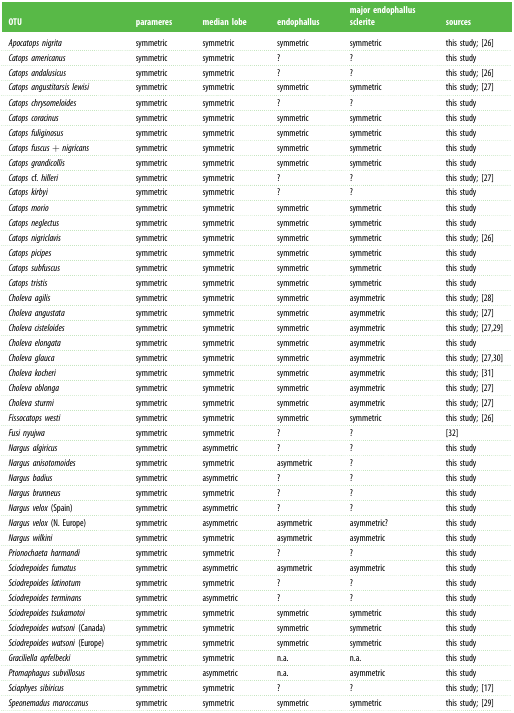
<table><thead><tr><td><b>OTU</b></td><td><b>parameres</b></td><td><b>median lobe</b></td><td><b>endophallus</b></td><td><b>major endophallus sclerite</b></td><td><b>sources</b></td></tr></thead><tbody><tr><td><i>Apocatops nigrita</i></td><td>symmetric</td><td>symmetric</td><td>symmetric</td><td>symmetric</td><td>this study; [26]</td></tr><tr><td><i>Catops americanus</i></td><td>symmetric</td><td>symmetric</td><td>?</td><td>?</td><td>this study</td></tr><tr><td><i>Catops andalusicus</i></td><td>symmetric</td><td>symmetric</td><td>?</td><td>?</td><td>this study; [26]</td></tr><tr><td><i>Catops angustitarsis lewisi</i></td><td>symmetric</td><td>symmetric</td><td>symmetric</td><td>symmetric</td><td>this study; [27]</td></tr><tr><td><i>Catops chrysomeloides</i></td><td>symmetric</td><td>symmetric</td><td>?</td><td>?</td><td>this study</td></tr><tr><td><i>Catops coracinus</i></td><td>symmetric</td><td>symmetric</td><td>symmetric</td><td>symmetric</td><td>this study</td></tr><tr><td><i>Catops fuliginosus</i></td><td>symmetric</td><td>symmetric</td><td>symmetric</td><td>symmetric</td><td>this study</td></tr><tr><td><i>Catops fuscus</i> + <i>nigricans</i></td><td>symmetric</td><td>symmetric</td><td>symmetric</td><td>symmetric</td><td>this study</td></tr><tr><td><i>Catops grandicollis</i></td><td>symmetric</td><td>symmetric</td><td>symmetric</td><td>symmetric</td><td>this study</td></tr><tr><td><i>Catops</i> cf. <i>hilleri</i></td><td>symmetric</td><td>symmetric</td><td>?</td><td>?</td><td>this study; [27]</td></tr><tr><td><i>Catops kirbyi</i></td><td>symmetric</td><td>symmetric</td><td>?</td><td>?</td><td>this study</td></tr><tr><td><i>Catops morio</i></td><td>symmetric</td><td>symmetric</td><td>symmetric</td><td>symmetric</td><td>this study</td></tr><tr><td><i>Catops neglectus</i></td><td>symmetric</td><td>symmetric</td><td>symmetric</td><td>symmetric</td><td>this study</td></tr><tr><td><i>Catops nigriclavis</i></td><td>symmetric</td><td>symmetric</td><td>symmetric</td><td>symmetric</td><td>this study; [26]</td></tr><tr><td><i>Catops picipes</i></td><td>symmetric</td><td>symmetric</td><td>symmetric</td><td>symmetric</td><td>this study</td></tr><tr><td><i>Catops subfuscus</i></td><td>symmetric</td><td>symmetric</td><td>symmetric</td><td>symmetric</td><td>this study</td></tr><tr><td><i>Catops tristis</i></td><td>symmetric</td><td>symmetric</td><td>symmetric</td><td>symmetric</td><td>this study</td></tr><tr><td><i>Choleva agilis</i></td><td>symmetric</td><td>symmetric</td><td>symmetric</td><td>asymmetric</td><td>this study; [28]</td></tr><tr><td><i>Choleva angustata</i></td><td>symmetric</td><td>symmetric</td><td>symmetric</td><td>asymmetric</td><td>this study; [27]</td></tr><tr><td><i>Choleva cisteloides</i></td><td>symmetric</td><td>symmetric</td><td>symmetric</td><td>asymmetric</td><td>this study; [27,29]</td></tr><tr><td><i>Choleva elongata</i></td><td>symmetric</td><td>symmetric</td><td>symmetric</td><td>asymmetric</td><td>this study</td></tr><tr><td><i>Choleva glauca</i></td><td>symmetric</td><td>symmetric</td><td>symmetric</td><td>asymmetric</td><td>this study; [27,30]</td></tr><tr><td><i>Choleva kocheri</i></td><td>symmetric</td><td>symmetric</td><td>symmetric</td><td>asymmetric</td><td>this study; [31]</td></tr><tr><td><i>Choleva oblonga</i></td><td>symmetric</td><td>symmetric</td><td>symmetric</td><td>asymmetric</td><td>this study; [27]</td></tr><tr><td><i>Choleva sturmi</i></td><td>symmetric</td><td>symmetric</td><td>symmetric</td><td>asymmetric</td><td>this study; [27]</td></tr><tr><td><i>Fissocatops westi</i></td><td>symmetric</td><td>symmetric</td><td>symmetric</td><td>symmetric</td><td>this study; [26]</td></tr><tr><td><i>Fusi nyujwa</i></td><td>symmetric</td><td>symmetric</td><td>?</td><td>?</td><td>[32]</td></tr><tr><td><i>Nargus algiricus</i></td><td>symmetric</td><td>asymmetric</td><td>?</td><td>?</td><td>this study</td></tr><tr><td><i>Nargus anisotomoides</i></td><td>symmetric</td><td>symmetric</td><td>asymmetric</td><td>?</td><td>this study</td></tr><tr><td><i>Nargus badius</i></td><td>symmetric</td><td>asymmetric</td><td>?</td><td>?</td><td>this study</td></tr><tr><td><i>Nargus brunneus</i></td><td>symmetric</td><td>symmetric</td><td>?</td><td>?</td><td>this study</td></tr><tr><td><i>Nargus velox</i> (Spain)</td><td>symmetric</td><td>asymmetric</td><td>?</td><td>?</td><td>this study</td></tr><tr><td><i>Nargus velox</i> (N. Europe)</td><td>symmetric</td><td>asymmetric</td><td>asymmetric</td><td>asymmetric?</td><td>this study</td></tr><tr><td><i>Nargus wilkini</i></td><td>symmetric</td><td>symmetric</td><td>asymmetric</td><td>asymmetric</td><td>this study</td></tr><tr><td><i>Prionochaeta harmandi</i></td><td>symmetric</td><td>symmetric</td><td>?</td><td>?</td><td>this study</td></tr><tr><td><i>Sciodrepoides fumatus</i></td><td>symmetric</td><td>asymmetric</td><td>asymmetric</td><td>asymmetric</td><td>this study</td></tr><tr><td><i>Sciodrepoides latinotum</i></td><td>symmetric</td><td>symmetric</td><td>?</td><td>?</td><td>this study</td></tr><tr><td><i>Sciodrepoides terminans</i></td><td>symmetric</td><td>asymmetric</td><td>?</td><td>?</td><td>this study</td></tr><tr><td><i>Sciodrepoides tsukamotoi</i></td><td>symmetric</td><td>symmetric</td><td>symmetric</td><td>symmetric</td><td>this study</td></tr><tr><td><i>Sciodrepoides watsoni</i> (Canada)</td><td>symmetric</td><td>symmetric</td><td>symmetric</td><td>symmetric</td><td>this study</td></tr><tr><td><i>Sciodrepoides watsoni</i> (Europe)</td><td>symmetric</td><td>symmetric</td><td>symmetric</td><td>symmetric</td><td>this study</td></tr><tr><td><i>Graciliella apfelbecki</i></td><td>symmetric</td><td>symmetric</td><td>n.a.</td><td>n.a.</td><td>this study</td></tr><tr><td><i>Ptomaphagus subvillosus</i></td><td>symmetric</td><td>asymmetric</td><td>n.a.</td><td>asymmetric</td><td>this study</td></tr><tr><td><i>Sciaphyes sibiricus</i></td><td>symmetric</td><td>symmetric</td><td>?</td><td>?</td><td>this study; [17]</td></tr><tr><td><i>Speonemadus maroccanus</i></td><td>symmetric</td><td>symmetric</td><td>symmetric</td><td>symmetric</td><td>this study; [29]</td></tr></tbody></table>